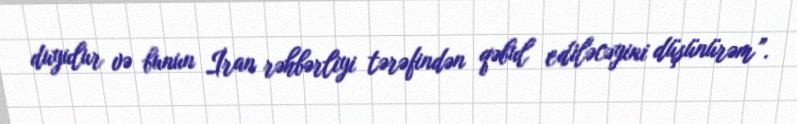
duyulur və bunun İran rəhbərliyi tərəfindən qəbul ediləcəyini düşünürəm”.